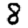
Digit: 8